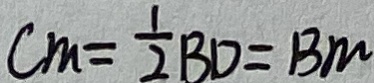
C M = \frac { 1 } { 2 } B D = B M